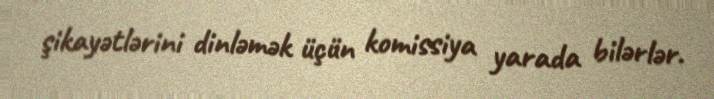
şikayətlərini dinləmək üçün komissiya yarada bilərlər.